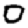
Digit: 0